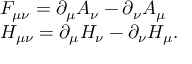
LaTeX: \begin{array} { l l } { { F _ { \mu \nu } = \partial _ { \mu } A _ { \nu } - \partial _ { \nu } A _ { \mu } } } \\ { { H _ { \mu \nu } = \partial _ { \mu } H _ { \nu } - \partial _ { \nu } H _ { \mu } . } } \end{array}